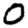
Digit: 0